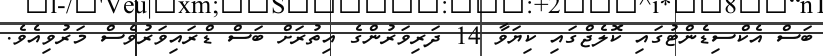
ބަސް އެކްސިޑެންޓުގައި ކޮލެޖްގައި ކިޔަވާ 14 ދަރިވަރުންގެ އިތުރަށް ބަސް ޑްރައިވަރުވެސް މަރުވިއެވެ.